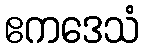
ဧကဒေသံ